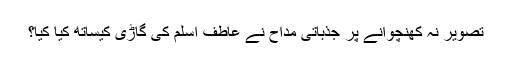
تصویر نہ کھنچوانے پر جذباتی مداح نے عاطف اسلم کی گاڑی کیساتھ کیا کیا؟